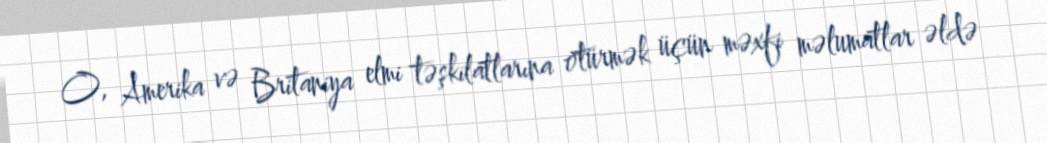
O, Amerika və Britaniya elmi təşkilatlarına ötürmək üçün məxfi məlumatlar əldə